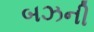
બઝની